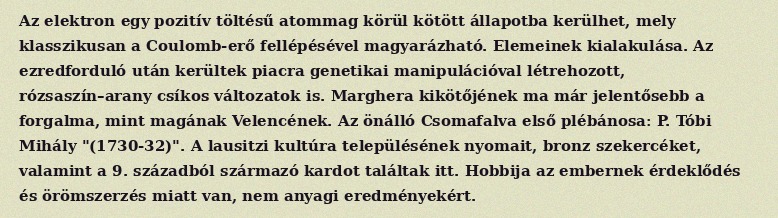
Az elektron egy pozitív töltésű atommag körül kötött állapotba kerülhet, mely klasszikusan a Coulomb-erő fellépésével magyarázható. Elemeinek kialakulása. Az ezredforduló után kerültek piacra genetikai manipulációval létrehozott, rózsaszín–arany csíkos változatok is. Marghera kikötőjének ma már jelentősebb a forgalma, mint magának Velencének. Az önálló Csomafalva első plébánosa: P. Tóbi Mihály "(1730-32)". A lausitzi kultúra településének nyomait, bronz szekercéket, valamint a 9. századból származó kardot találtak itt. Hobbija az embernek érdeklődés és örömszerzés miatt van, nem anyagi eredményekért.